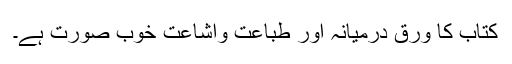
کتاب کا ورق درمیانہ اور طباعت واشاعت خوب صورت ہے۔